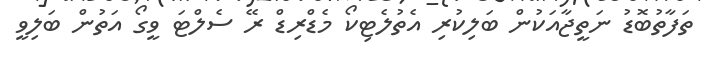
ތަފާތުބޮޑު ނަތީޖާއަކުން ބަލިކުރި އެތުލެޓިކޯ މެޑްރިޑް ރޭ ސެލްޓަ ވީގޯ އަތުން ބަލިވީ